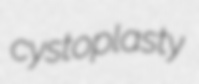
cystoplasty